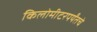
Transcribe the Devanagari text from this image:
किलोमीटरपर्यंतचे